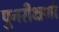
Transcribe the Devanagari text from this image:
पुनरीक्षणों